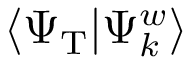
\langle \Psi _ { \mathrm { T } } | \Psi _ { k } ^ { w } \rangle